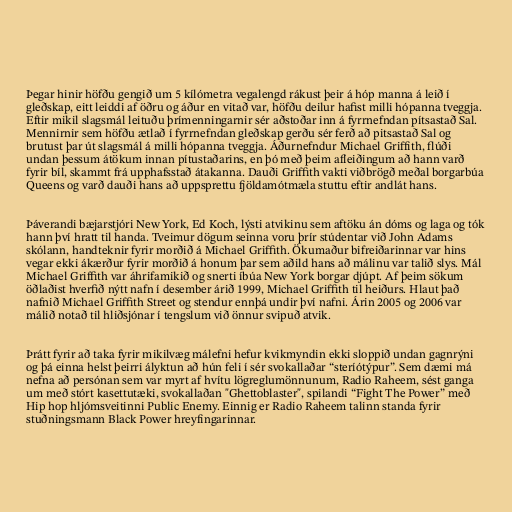
Þegar hinir höfðu gengið um 5 kílómetra vegalengd rákust þeir á hóp manna á leið í
gleðskap, eitt leiddi af öðru og áður en vitað var, höfðu deilur hafist milli hópanna tveggja.
Eftir mikil slagsmál leituðu þrímenningarnir sér aðstoðar inn á fyrrnefndan pítsastað Sal.
Mennirnir sem höfðu ætlað í fyrrnefndan gleðskap gerðu sér ferð að pitsastað Sal og
brutust þar út slagsmál á milli hópanna tveggja. Áðurnefndur Michael Griffith, flúði
undan þessum átökum innan pítustaðarins, en þó með þeim afleiðingum að hann varð
fyrir bíl, skammt frá upphafsstað átakanna. Dauði Griffith vakti viðbrögð meðal borgarbúa
Queens og varð dauði hans að uppsprettu fjöldamótmæla stuttu eftir andlát hans.

Þáverandi bæjarstjóri New York, Ed Koch, lýsti atvikinu sem aftöku án dóms og laga og tók
hann því hratt til handa. Tveimur dögum seinna voru þrír stúdentar við John Adams
skólann, handteknir fyrir morðið á Michael Griffith. Ökumaður bifreiðarinnar var hins
vegar ekki ákærður fyrir morðið á honum þar sem aðild hans að málinu var talið slys. Mál
Michael Griffith var áhrifamikið og snerti íbúa New York borgar djúpt. Af þeim sökum
öðlaðist hverfið nýtt nafn í desember árið 1999, Michael Griffith til heiðurs. Hlaut það
nafnið Michael Griffith Street og stendur ennþá undir því nafni. Árin 2005 og 2006 var
málið notað til hliðsjónar í tengslum við önnur svipuð atvik.

Þrátt fyrir að taka fyrir mikilvæg málefni hefur kvikmyndin ekki sloppið undan gagnrýni
og þá einna helst þeirri ályktun að hún feli í sér svokallaðar “steríótýpur”. Sem dæmi má
nefna að persónan sem var myrt af hvítu lögreglumönnunum, Radio Raheem, sést ganga
um með stórt kasettutæki, svokallaðan "Ghettoblaster", spilandi “Fight The Power” með
Hip hop hljómsveitinni Public Enemy. Einnig er Radio Raheem talinn standa fyrir
stuðningsmann Black Power hreyfingarinnar.